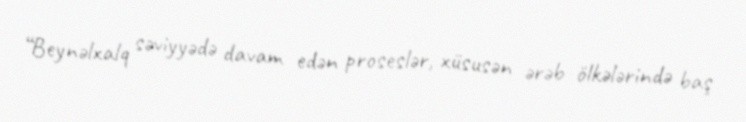
“Beynəlxalq səviyyədə davam edən proseslər, xüsusən ərəb ölkələrində baş